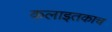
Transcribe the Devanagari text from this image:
कलाइतकाच